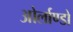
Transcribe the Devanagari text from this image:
ओर्लाण्डो